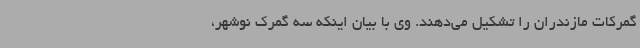
گمرکات مازندران را تشکیل می‌دهند. وی با بیان اینکه سه گمرک نوشهر،